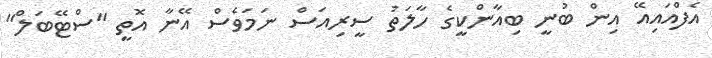
އެފްއައިއޭ އިން ބުނީ ބިއާންކީގެ ހާލަތު ސީރިއަސް ނަމަވެސް އޭނާ އޮތީ "ސްޓޭބަލް"